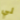
لي